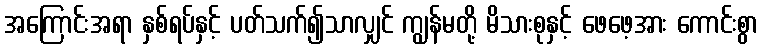
အကြောင်းအရာ နှစ်ရပ်နှင့် ပတ်သက်၍သာလျှင် ကျွန်မတို့ မိသားစုနှင့် ဖေဖေ့အား ကောင်းစွာ